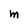
Character: M